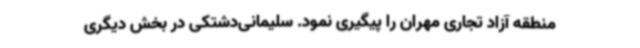
منطقه آزاد تجاری مهران را پیگیری نمود. سلیمانی‌دشتکی در بخش دیگری